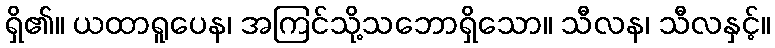
ရှိ၏။ ယထာရူပေန၊ အကြင်သို့သဘောရှိသော။ သီလန၊ သီလနှင့်။